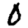
Digit: 0